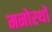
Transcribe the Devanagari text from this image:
मनोरथों